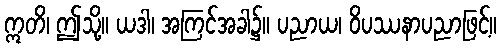
ဣတိ၊ ဤသို့။ ယဒါ၊ အကြင်အခါ၌။ ပညာယ၊ ဝိပဿနာပညာဖြင့်။